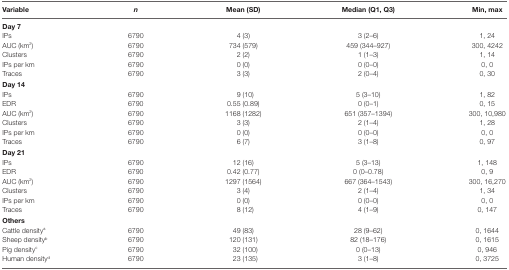
<table><thead><tr><td><b>Variable</b></td><td><b><i>n</i></b></td><td><b>Mean (SD)</b></td><td><b>Median (Q1, Q3)</b></td><td><b>Min, max</b></td></tr></thead><tbody><tr><td colspan="5"><b>Day 7</b></td></tr><tr><td>IPs</td><td>6790</td><td>4 (3)</td><td>3 (2–6)</td><td>1, 24</td></tr><tr><td>AUC (km<sup>2</sup>)</td><td>6790</td><td>734 (579)</td><td>459 (344–927)</td><td>300, 4242</td></tr><tr><td>Clusters</td><td>6790</td><td>2 (2)</td><td>1 (1–3)</td><td>1, 14</td></tr><tr><td>IPs per km</td><td>6790</td><td>0 (0)</td><td>0 (0–0)</td><td>0, 0</td></tr><tr><td>Traces</td><td>6790</td><td>3 (3)</td><td>2 (0–4)</td><td>0, 30</td></tr><tr><td colspan="5"><b>Day 14</b></td></tr><tr><td>IPs</td><td>6790</td><td>9 (10)</td><td>5 (3–10)</td><td>1, 82</td></tr><tr><td>EDR</td><td>6790</td><td>0.55 (0.89)</td><td>0 (0–1)</td><td>0, 15</td></tr><tr><td>AUC (km<sup>2</sup>)</td><td>6790</td><td>1168 (1282)</td><td>651 (357–1394)</td><td>300, 10,980</td></tr><tr><td>Clusters</td><td>6790</td><td>3 (3)</td><td>2 (1–4)</td><td>1, 28</td></tr><tr><td>IPs per km</td><td>6790</td><td>0 (0)</td><td>0 (0–0)</td><td>0, 0</td></tr><tr><td>Traces</td><td>6790</td><td>6 (7)</td><td>3 (1–8)</td><td>0, 97</td></tr><tr><td colspan="5"><b>Day 21</b></td></tr><tr><td>IPs</td><td>6790</td><td>12 (16)</td><td>5 (3–13)</td><td>1, 148</td></tr><tr><td>EDR</td><td>6790</td><td>0.42 (0.77)</td><td>0 (0–0.78)</td><td>0, 9</td></tr><tr><td>AUC (km<sup>2</sup>)</td><td>6790</td><td>1297 (1564)</td><td>667 (364–1543)</td><td>300, 16,270</td></tr><tr><td>Clusters</td><td>6790</td><td>3 (4)</td><td>2 (1–4)</td><td>1, 34</td></tr><tr><td>IPs per km</td><td>6790</td><td>0 (0)</td><td>0 (0–0)</td><td>0, 0</td></tr><tr><td>Traces</td><td>6790</td><td>8 (12)</td><td>4 (1–9)</td><td>0, 147</td></tr><tr><td colspan="5"><b>Others</b></td></tr><tr><td>Cattle density<sup>a</sup></td><td>6790</td><td>49 (83)</td><td>28 (9–62)</td><td>0, 1644</td></tr><tr><td>Sheep density<sup>b</sup></td><td>6790</td><td>120 (131)</td><td>82 (18–176)</td><td>0, 1615</td></tr><tr><td>Pig density<sup>c</sup></td><td>6790</td><td>32 (100)</td><td>0 (0–13)</td><td>0, 946</td></tr><tr><td>Human density<sup>d</sup></td><td>6790</td><td>23 (135)</td><td>3 (1–8)</td><td>0, 3725</td></tr></tbody></table>